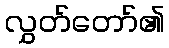
လွှတ်တော်၏